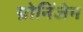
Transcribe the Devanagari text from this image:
ग्रोनिंजेन